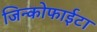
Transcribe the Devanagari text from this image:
जिन्कोफाईटा